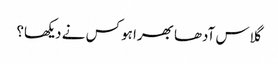
گلاس آدھا بھرا ہو کس نے دیکھا؟